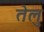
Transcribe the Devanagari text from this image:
तेलु